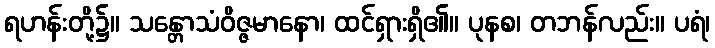
ရဟန်းတို့၌။ သန္တောသံဝိဇ္ဇမာနော၊ ထင်ရှားရှိ၏။ ပုနစ၊ တဘန်လည်း။ ပရံ၊